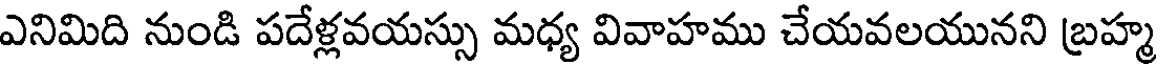
ఎనిమిది నుండి పదేళ్లవయస్సు మధ్య వివాహము చేయవలయునని బ్రహ్మ